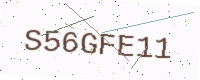
Text: S56GFE11